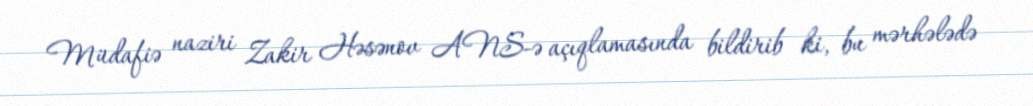
Müdafiə naziri Zakir Həsənov ANS-ə açıqlamasında bildirib ki, bu mərhələdə